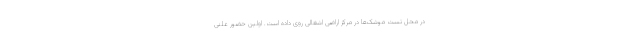
در محل تست موشک‌ها در مرکز اراضی اشغالی روی داده است. اولین حضور علنی